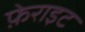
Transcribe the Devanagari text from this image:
फ़ेराइट